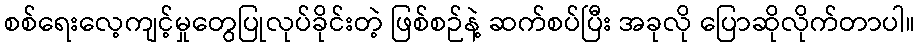
စစ်ရေးလေ့ကျင့်မှုတွေပြုလုပ်ခိုင်းတဲ့ ဖြစ်စဉ်နဲ့ ဆက်စပ်ပြီး အခုလို ပြောဆိုလိုက်တာပါ။